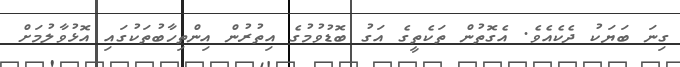
ގިނަ ބަޔަކު ދެކެއެވެ. އެގޮތުން ތަކެތީގެ އަގު ބޮޑުވުމުގެ އިތުރުން އިންތިހާބުތަކުގައި އޮޅުވާލުމަށް